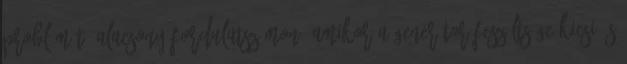
problémát? Alacsony fordulatszámon, amikor a generátor feszültsége kicsi és